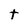
Character: t